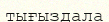
тығыздала